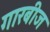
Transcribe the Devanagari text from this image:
गारबीज